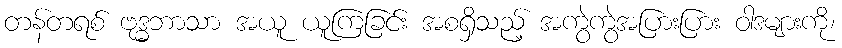
တန်တရစ် ဗုဒ္ဓဘာသာ အယူ ယူကြခြင်း အစရှိသည့် အကွဲကွဲအပြားပြား ဝါဒများကို၊